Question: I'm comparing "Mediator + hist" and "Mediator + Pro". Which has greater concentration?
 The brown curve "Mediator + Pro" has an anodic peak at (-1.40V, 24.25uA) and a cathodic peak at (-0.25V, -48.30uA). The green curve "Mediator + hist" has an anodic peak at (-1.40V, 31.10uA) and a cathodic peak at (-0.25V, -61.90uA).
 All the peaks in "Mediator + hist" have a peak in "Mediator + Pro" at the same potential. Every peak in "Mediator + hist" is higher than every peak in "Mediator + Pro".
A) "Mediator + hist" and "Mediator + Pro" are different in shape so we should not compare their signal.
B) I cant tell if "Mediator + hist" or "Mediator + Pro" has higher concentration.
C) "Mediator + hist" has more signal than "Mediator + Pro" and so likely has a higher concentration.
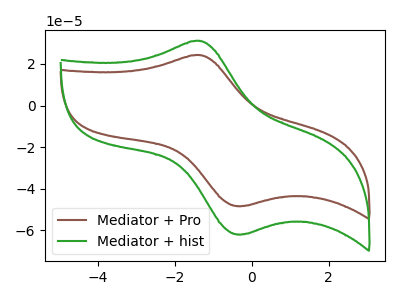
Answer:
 <answer>C) "Mediator + hist" has more signal than "Mediator + Pro" and so likely has a higher concentration.</answer>
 <eval>C</eval>